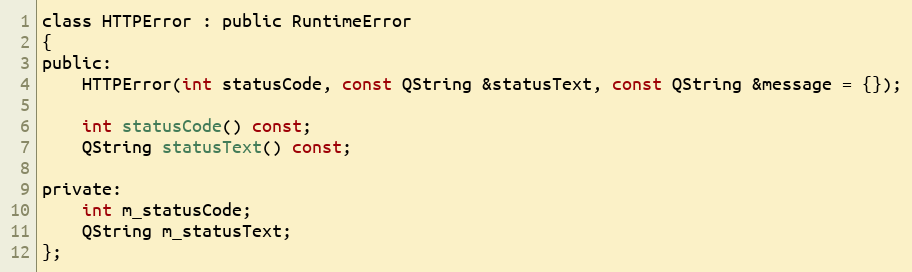
Language: C
class HTTPError : public RuntimeError
{
public:
    HTTPError(int statusCode, const QString &statusText, const QString &message = {});

    int statusCode() const;
    QString statusText() const;

private:
    int m_statusCode;
    QString m_statusText;
};